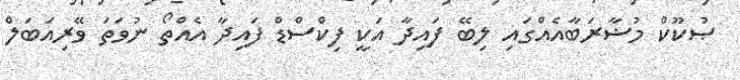
ޞުކޫކް މުޟާރަބާއެއްގައި ލިބޭ ފައިދާ އަކީ ފިކްސްޑް ފައިދާ އެއްތޯ ނުވަތަ ވޭރިއަބަލް